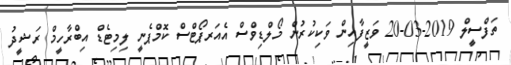
ތަފްސީލް 2019-03-20 ވަޒީފާއިން ވަކިކުރުން މޯލްޑިވްސް އެއަރޕޯޓްސް ކޮމްޕެނީ ލިމިޓެޑް އިބްރާހީމް ރަޝީދު